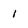
Character: I